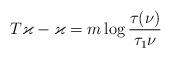
LaTeX: \begin{align*} T\varkappa - \varkappa = m \log \frac{\tau(\nu)}{\tau_1 \nu}\end{align*}